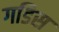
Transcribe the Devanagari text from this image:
गडिस